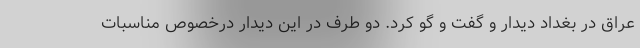
عراق در بغداد دیدار و گفت و گو کرد. دو طرف در این دیدار درخصوص مناسبات